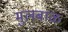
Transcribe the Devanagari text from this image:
मुलबाळ